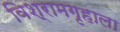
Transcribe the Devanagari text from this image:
विश्रामगृहाला